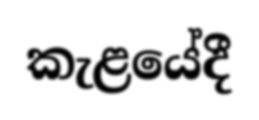
කැළයේදී